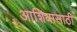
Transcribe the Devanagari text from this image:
आशियासाठी